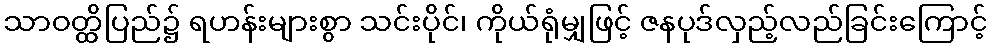
သာဝတ္ထိပြည်၌ ရဟန်းများစွာ သင်းပိုင်၊ ကိုယ်ရုံမျှဖြင့် ဇနပုဒ်လှည့်လည်ခြင်းကြောင့်